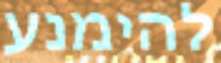
להימנע